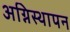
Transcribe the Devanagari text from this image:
अग्निस्थापन